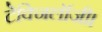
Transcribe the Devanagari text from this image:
टेक्निलॉजी।